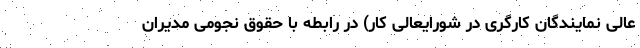
عالی نمایندگان کارگری در شورایعالی کار) در رابطه با حقوق نجومی مدیران